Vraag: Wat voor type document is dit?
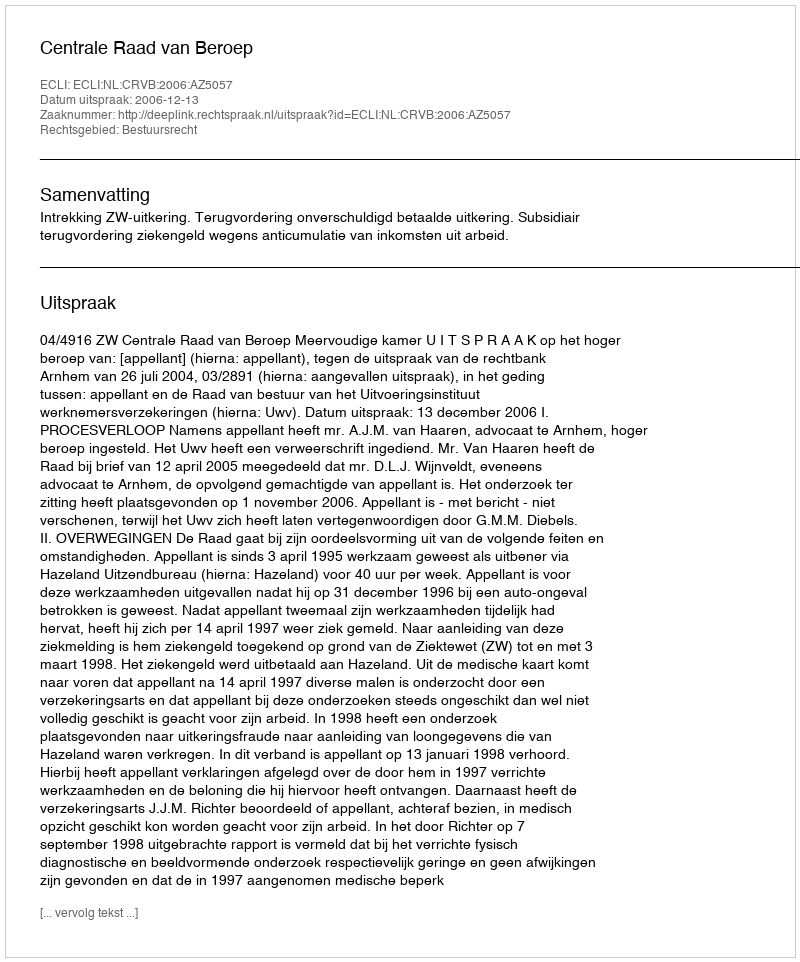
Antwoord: Uitspraak